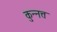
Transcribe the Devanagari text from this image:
कुन्नत्त